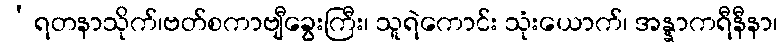
‘ရတနာသိုက်၊ဗတ်စကာဗျီခွေးကြီး၊ သူရဲကောင်း သုံးယောက်၊ အန္နာကရီနီနာ၊